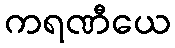
ကရဏီယေ